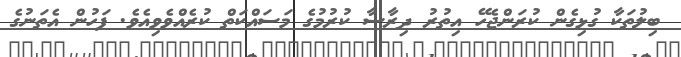
ބިލުތަކާ ގުޅިގެން ކުރަންޖެހޭ އިތުރު ދިރާސާ ކުރުމުގެ މަސައްކަތް ކުރެއްވެވިއެވެ. ފަހުން އެތަނުގެ